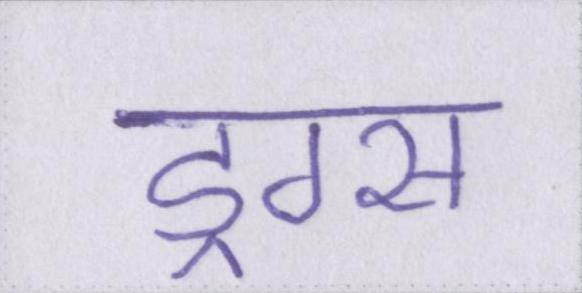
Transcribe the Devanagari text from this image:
ड्रग्स